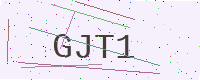
Text: GJT1